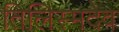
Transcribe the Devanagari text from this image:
तिलिस्मदेव